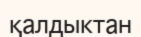
қалдыктан